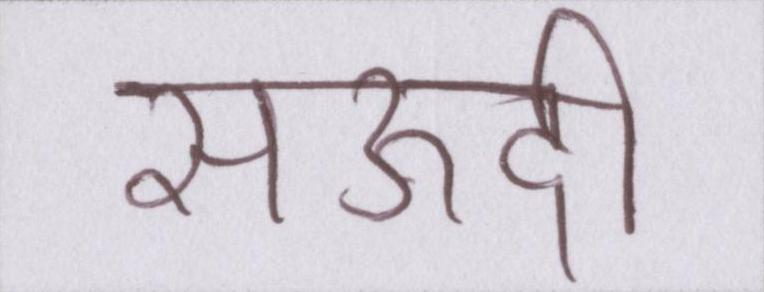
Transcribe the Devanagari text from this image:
सऊदी